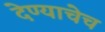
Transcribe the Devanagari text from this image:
देण्याचेच